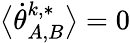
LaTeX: \big\langle\dot{\theta}_{A,B}^{k,*}\big\rangle=0